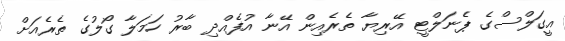
އީގަލްސްގެ ޕެނަލްޓީ އޭރިޔާ ތެރެއިން އޭނާ އުފެއްދި ބާރު ހަމަލާ ގޯލުގެ ތެރެއަށް